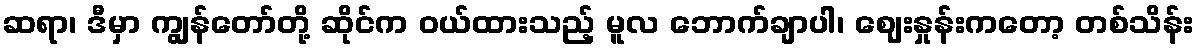
ဆရာ၊ ဒီမှာ ကျွန်တော်တို့ ဆိုင်က ဝယ်ထားသည့် မူလ ဘောက်ချာပါ၊ ဈေးနှုန်းကတော့ တစ်သိန်း